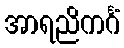
အာရညိကင်္ဂံ